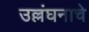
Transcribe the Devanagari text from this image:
उल्लंघनाचे